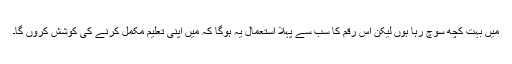
میں بہت کچھ سوچ رہا ہوں لیکن اس رقم کا سب سے پہلا استعمال یہ ہوگا کہ میں اپنی تعلیم مکمل کرنے کی کوشش کروں گا۔